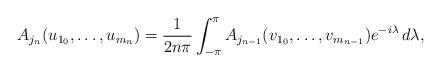
LaTeX: \begin{align*}A_{j_n}(u_{1_0},\ldots,u_{m_n})=\frac{1}{2n\pi}\int^\pi_{-\pi} A_{j_{n-1}}(v_{1_0},\ldots,v_{m_{n-1}})e^{-i\lambda} \,d\lambda, \end{align*}